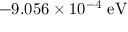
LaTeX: - 9 . 0 5 6 \times 1 0 ^ { - 4 } \ { \mathrm { e V } }